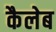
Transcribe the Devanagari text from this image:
कैलेब